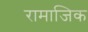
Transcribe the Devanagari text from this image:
रामाजिक